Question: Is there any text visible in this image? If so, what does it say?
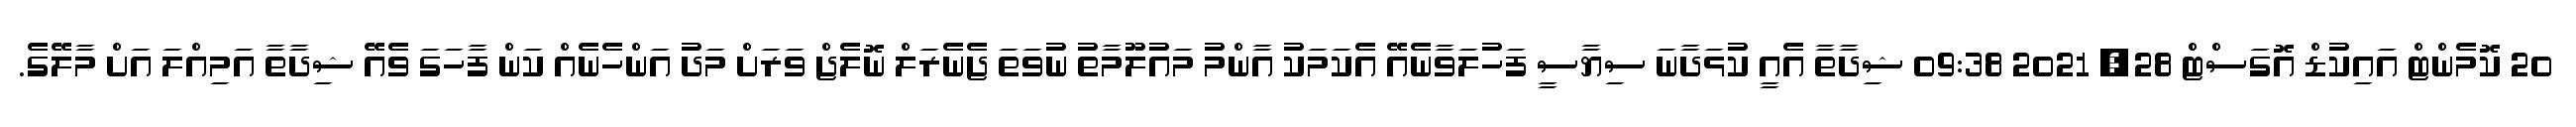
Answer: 20 ކޮމެންޓް އައިކުޑް އޮގަސްޓް 28, 2021 09:38 ޝިދާތާ އެއީ ކުޅަދާނަ ސިޔާސީ ފަހުލަވާނެއޭ އެކަމަކު އާންމު މައުލޫމާތު ނުވަތަ ޖެނެރަލް ނޮލެޖް ވަރަށް މަދު އަންހެނެއް ކަން ފާހަގަ ވެއޭ ޝިދާތާ އަމިއްލަ އަށް މާލޭގެ.